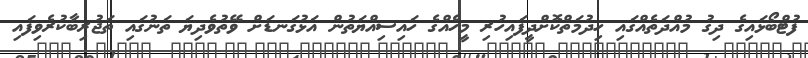
ފުޓްބޯޅައިގެ ދިގު މުއްދަތެއްގައި ހިދުމަތްކޮށްދީފައިހުރި މީހެއްގެ ހައިސިއްޔަތުން އަޅުގަނޑަށް ވޭތުވެދިޔަ ތަނުގައި ތަޖުރިބާކުރެވިފައި